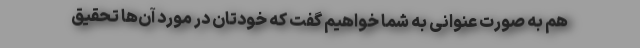
هم به صورت عنوانی به شما خواهیم گفت که خودتان در مورد آن‌ها تحقیق